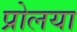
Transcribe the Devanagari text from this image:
प्रोलया